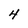
Character: 4